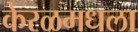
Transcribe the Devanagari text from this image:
केरळमधला